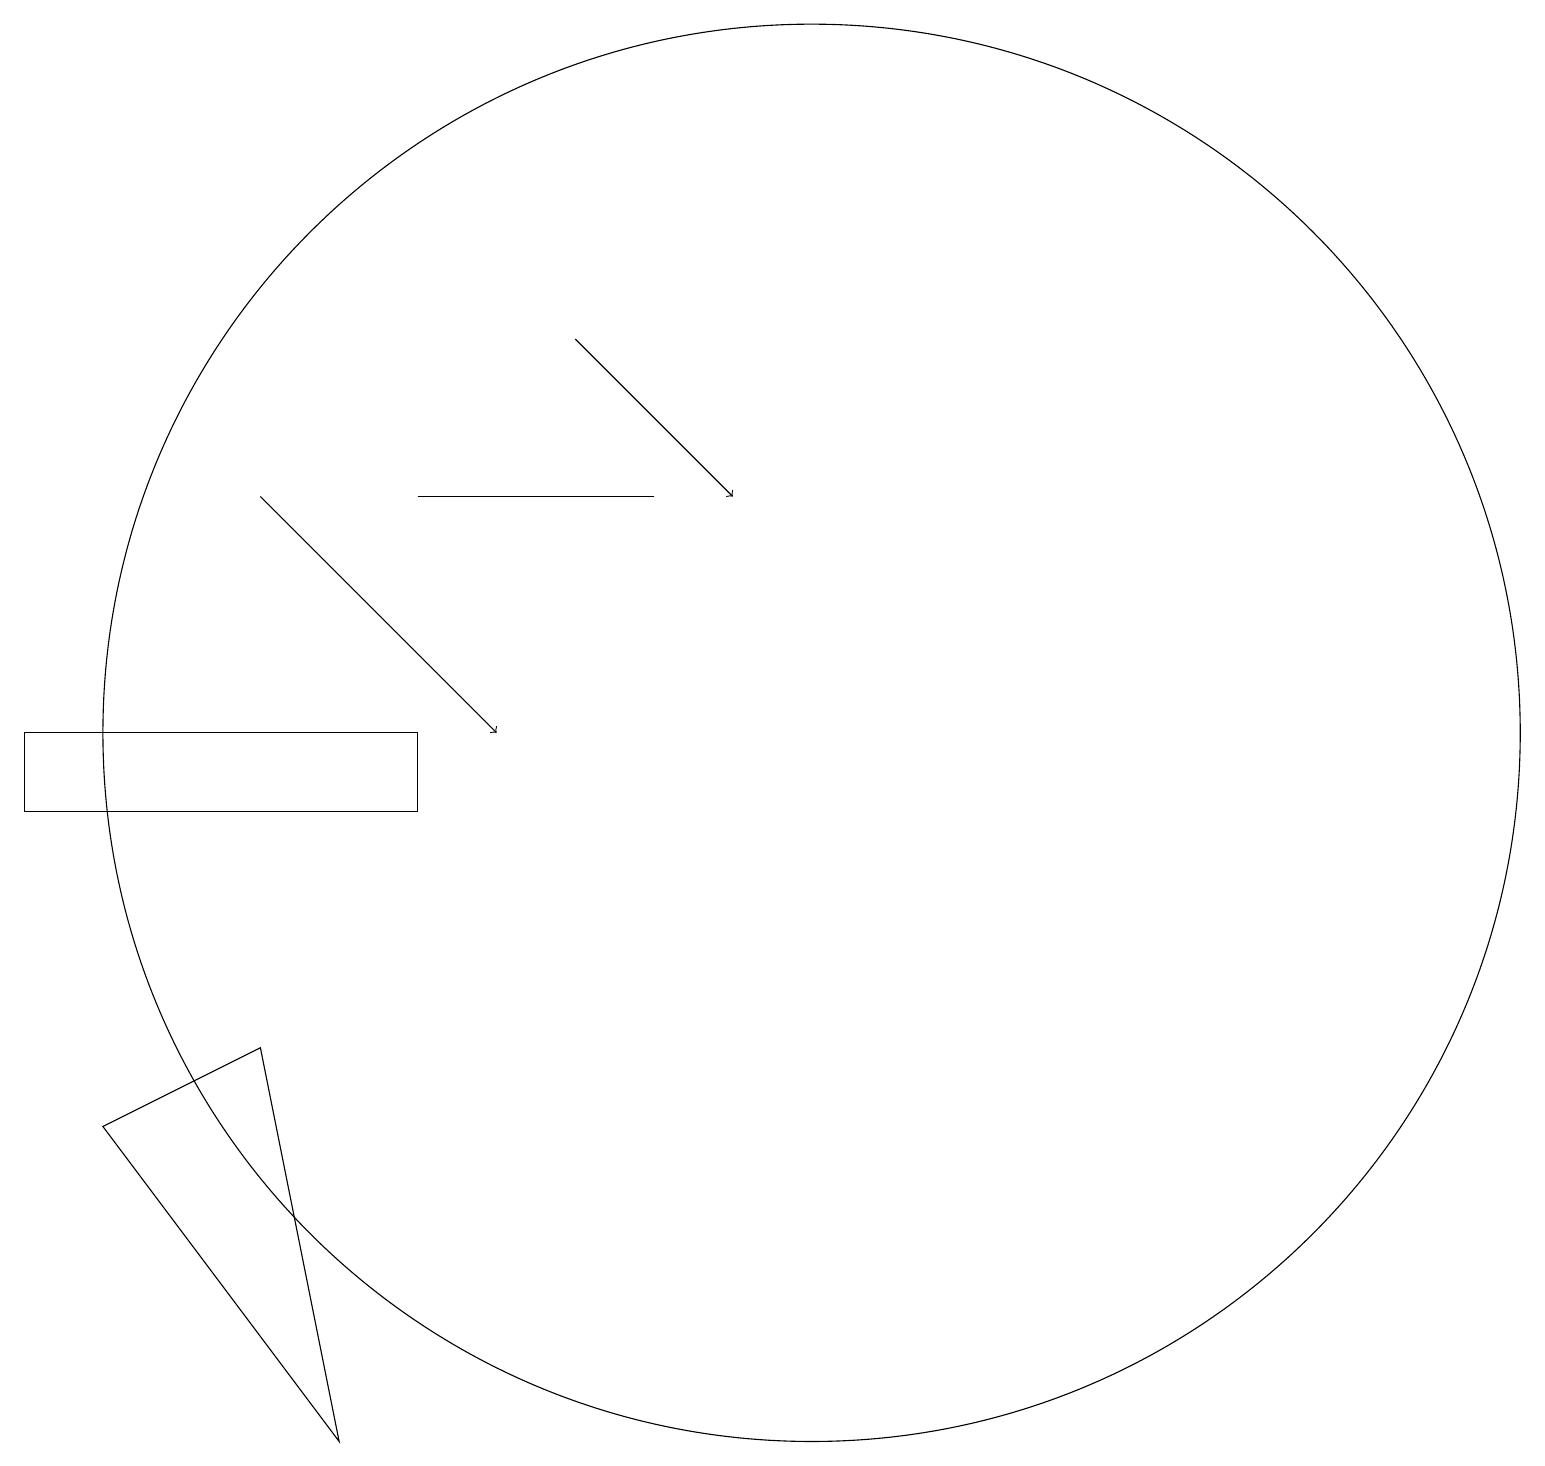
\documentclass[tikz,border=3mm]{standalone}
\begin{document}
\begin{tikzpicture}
\draw (3,8) -- (1,7) -- (4,3) -- cycle;
\draw (10,12) circle (9);
\draw (8,15) rectangle (5,15);
\draw (0,12) rectangle (5,11);
\draw[->] (7,17) -- (9,15);
\draw[->] (3,15) -- (6,12);
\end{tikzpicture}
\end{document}